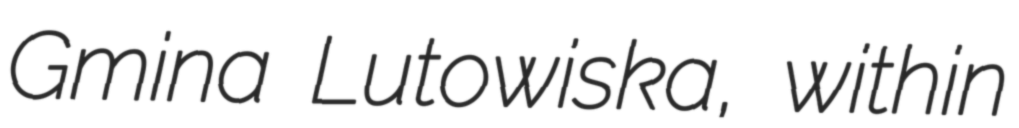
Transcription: Gmina Lutowiska, within